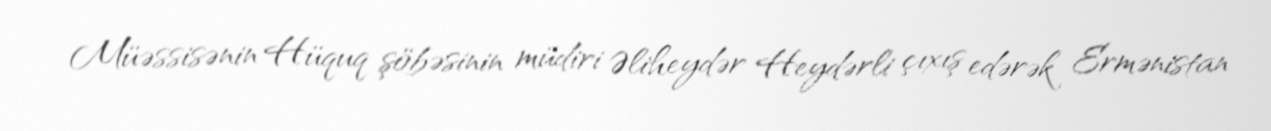
Müəssisənin Hüquq şöbəsinin müdiri Əliheydər Heydərli çıxış edərək Ermənistan